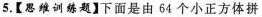
5.【思维训练题】下面是由64个小正方体拼